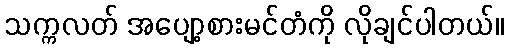
သက္ကလတ် အပျော့စားမင်တံကို လိုချင်ပါတယ်။